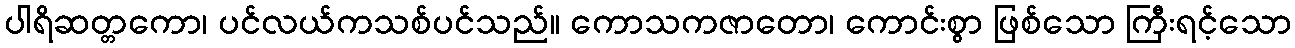
ပါရိဆတ္တကော၊ ပင်လယ်ကသစ်ပင်သည်။ ကောသကဇာတော၊ ကောင်းစွာ ဖြစ်သော ကြီးရင့်သော